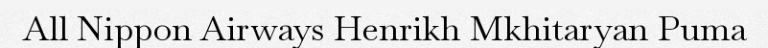
All Nippon Airways Henrikh Mkhitaryan Puma